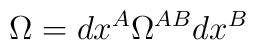
\Omega =dx^A \Omega^{AB}dx^B